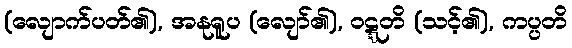
(လျောက်ပတ်၏), အနုရူပ (လျော်၏), ဝဋ္ဋတိ (သင့်၏), ကပ္ပတိ